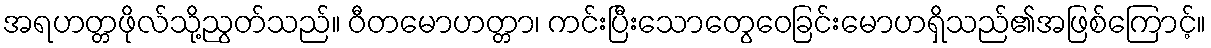
အရဟတ္တဖိုလ်သို့ညွတ်သည်။ ဝီတမောဟတ္တာ၊ ကင်းပြီးသောတွေဝေခြင်းမောဟရှိသည်၏အဖြစ်ကြောင့်။